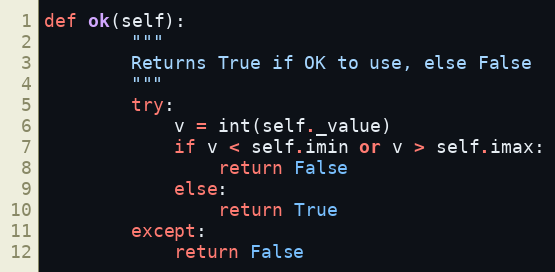
Language: Python
def ok(self):
        """
        Returns True if OK to use, else False
        """
        try:
            v = int(self._value)
            if v < self.imin or v > self.imax:
                return False
            else:
                return True
        except:
            return False